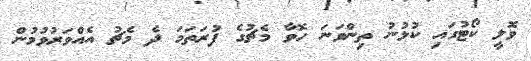
ވޮލީ ކޯޓުގައި ކުޅުނު ތިންވަނަ ހޮވާ މެޗުގެ ފުރަތަމަ ދެ މެޗު އެއްވަރުވުމުން